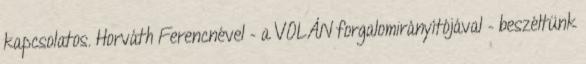
kapcsolatos. Horváth Ferencnével – a VOLÁN forgalomirányítójával – beszéltünk